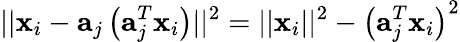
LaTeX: ||{\mathbf{x}}_{i}-{\mathbf{a}}_{j}\left({\mathbf{a}}_{j}^{T}{\mathbf{x}}_{i}\right)||^{2}=||{\mathbf{x}}_{i}||^{2}-\left({\mathbf{a}}_{j}^{T}{\mathbf{x}}_{i}\right)^{2}